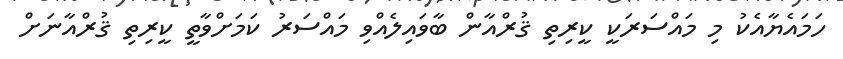
ހަމައެޔާއެކު މި މައްސަރަކީ ކީރިތި ޤުރްއާން ބާވައިލެއްވި މައްސަރު ކަމަށްވާތީ ކީރިތި ޤުރްއާނަށް